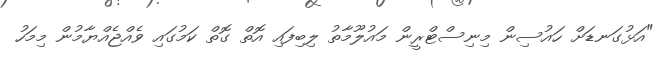
"އަޅުގަނޑަށް ހައުސިން މިނިސްޓްރީން މައުލޫމާތު ލިބިފައި އޮތް ގޮތް ކަމުގައި ވެއްޖެއްޔާމުން މިމަހު